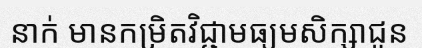
នាក់ មានកម្រិតវិជ្ជាមធ្យមសិក្សាជូន